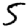
Digit: 5